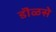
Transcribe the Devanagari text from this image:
डॊळसे